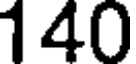
140